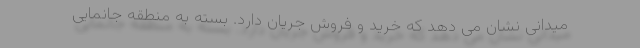
میدانی نشان می دهد که خرید و فروش جریان دارد. بسته به منطقه جانمایی